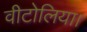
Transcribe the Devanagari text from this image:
वीटोलिया।